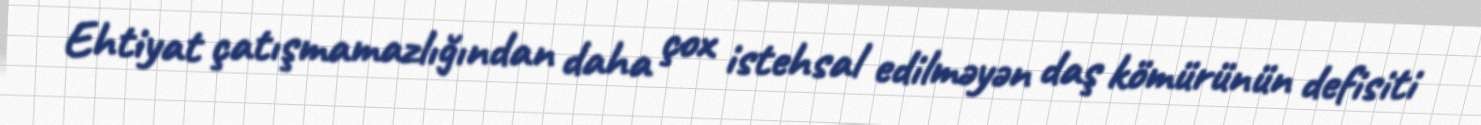
Ehtiyat çatışmamazlığından daha çox istehsal edilməyən daş kömürünün defisiti